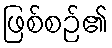
ဖြစ်စဉ်၏